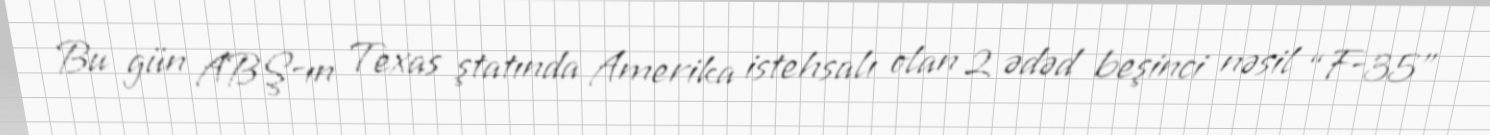
Bu gün ABŞ-ın Texas ştatında Amerika istehsalı olan 2 ədəd beşinci nəsil “F-35”